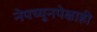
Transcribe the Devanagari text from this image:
नेपच्यूनपेक्षाही